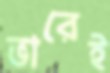
ভারেই